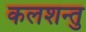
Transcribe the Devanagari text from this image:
कलशन्तु